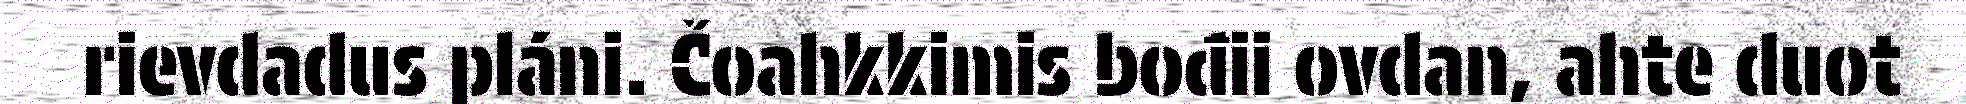
rievdadus pláni. Čoahkkimis bođii ovdan, ahte duot